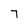
Character: 7